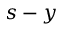
s - y